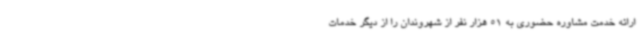
ارائه خدمت مشاوره حضوری به 51 هزار نفر از شهروندان را از دیگر خدمات